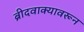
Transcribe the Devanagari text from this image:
ब्रीदवाक्यावरून